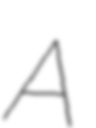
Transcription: A